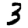
Digit: 3